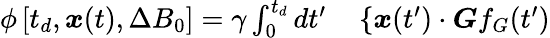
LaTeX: \begin{array}{rl}{\phi\left[t_{d},\boldsymbol{x}(t),\Delta B_{0}\right]=\gamma\int_{0}^{t_{d}}dt^{\prime}}&{{}\left\{ \boldsymbol{x}(t^{\prime})\cdot\boldsymbol{G}f_{G}(t^{\prime})\right.}\end{array}